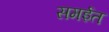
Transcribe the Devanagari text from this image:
समईत